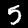
Digit: 5